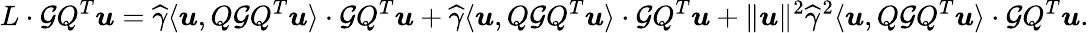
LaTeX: L\cdot{\mathcal G}Q^{T}{\boldsymbol u}=\widehat\gamma\langle{\boldsymbol u},Q{\mathcal G}Q^{T}{\boldsymbol u}\rangle\cdot{\mathcal G}Q^{T}{\boldsymbol u}+\widehat\gamma\langle{\boldsymbol u},Q{\mathcal G}Q^{T}{\boldsymbol u}\rangle\cdot{\mathcal G}Q^{T}{\boldsymbol u}+\| {\boldsymbol u}\| ^{2}\widehat\gamma^{2}\langle{\boldsymbol u},Q{\mathcal G}Q^{T}{\boldsymbol u}\rangle\cdot{\mathcal G}Q^{T}{\boldsymbol u}.